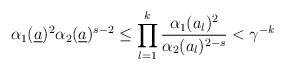
LaTeX: \begin{align*}\alpha_{1}(\underline{a})^{2} \alpha_{2}(\underline{a})^{s-2} \leq \prod_{l=1}^{k} \frac{\alpha_1(a_l)^2}{ \alpha_{2}(a_l)^{2-s}} < \gamma^{-k}\end{align*}